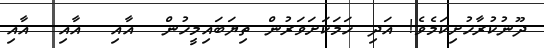
ދޫނުކުރާހުށިކަމެވެ! އަދި ހަމަކަށަވަރުން ތިޔަބައިމީހުން  އާއި  އާއި  އާއި